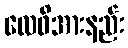
လေဖိအားနည်း